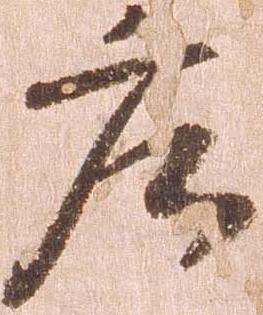
庄